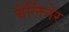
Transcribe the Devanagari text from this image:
बेर्लिनेर